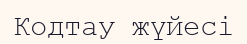
Кодтау жүйесі